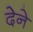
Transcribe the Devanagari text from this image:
देेने